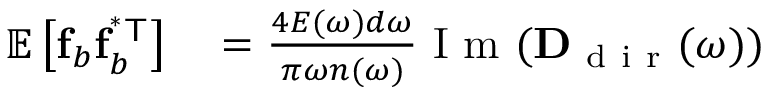
\begin{array} { r l } { \mathbb { E } \left[ \mathbf { f } _ { b } \mathbf { f } _ { b } ^ { \mathsf { ^ { * } T } } \right] } & { { } = \frac { 4 E ( \omega ) d \omega } { \pi \omega n ( \omega ) } \mathrm { ~ I ~ m ~ } ( \mathbf { D } _ { \mathrm { ~ d ~ i ~ r ~ } } ( \omega ) ) } \end{array}